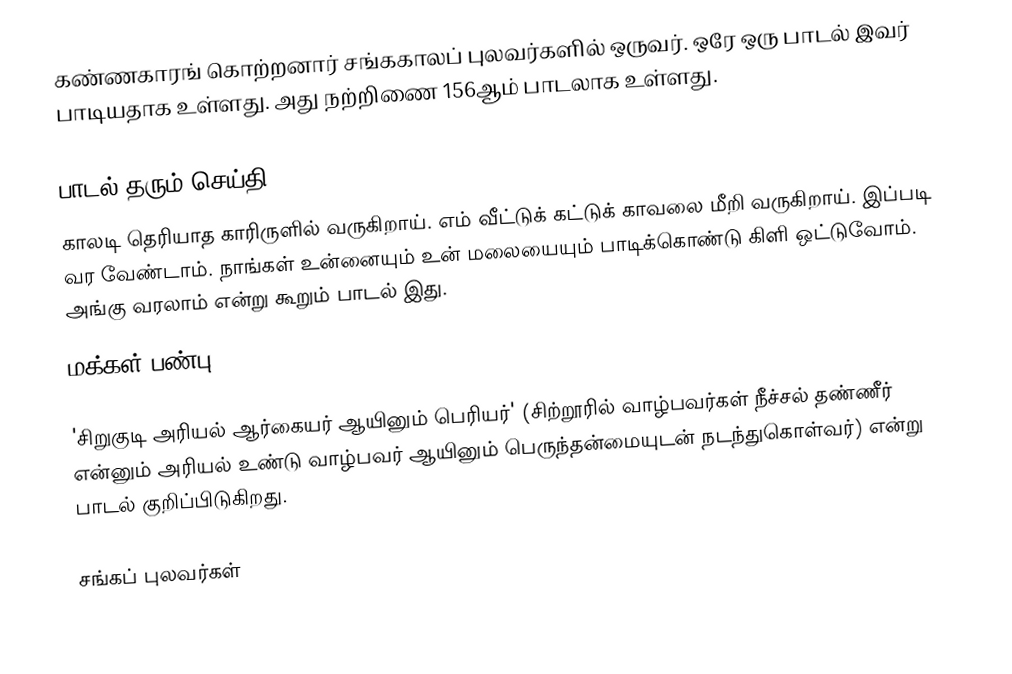
கண்ணகாரங் கொற்றனார் சங்ககாலப் புலவர்களில் ஒருவர். ஒரே ஒரு பாடல் இவர் பாடியதாக உள்ளது. அது நற்றிணை 156ஆம் பாடலாக உள்ளது.

பாடல் தரும் செய்தி
காலடி தெரியாத காரிருளில் வருகிறாய். எம் வீட்டுக் கட்டுக் காவலை மீறி வருகிறாய். இப்படி வர வேண்டாம். நாங்கள் உன்னையும் உன் மலையையும் பாடிக்கொண்டு கிளி ஒட்டுவோம். அங்கு வரலாம் என்று கூறும் பாடல் இது.
 மக்கள் பண்பு

'சிறுகுடி அரியல் ஆர்கையர் ஆயினும் பெரியர்' (சிற்றூரில் வாழ்பவர்கள் நீச்சல் தண்ணீர் என்னும் அரியல் உண்டு வாழ்பவர் ஆயினும் பெருந்தன்மையுடன் நடந்துகொள்வர்) என்று பாடல் குறிப்பிடுகிறது.

சங்கப் புலவர்கள்